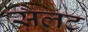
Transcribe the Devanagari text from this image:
सैलट